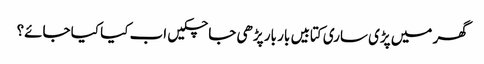
گھر میں پڑی ساری کتابیں بار بار پڑھی جا چکیں اب کیا کیا جائے؟